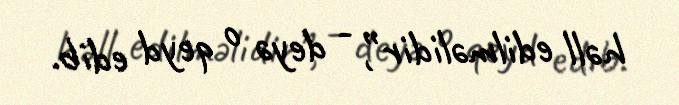
həll edilməlidir”, - deyə o qeyd edib.